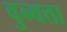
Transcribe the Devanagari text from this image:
वुन्वत्ता